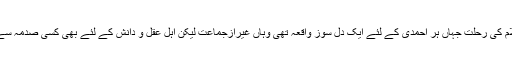
آپ علیہ السلام کی رحلت جہاں ہر احمدی کے لئے ایک دل سوز واقعہ تھی وہاں غیرازجماعت لیکن اہل عقل و دانش کے لئے بھی کسی صدمہ سے کم نہ تھی۔